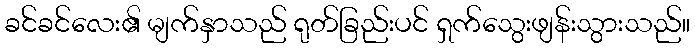
ခင်ခင်လေး၏ မျက်နှာသည် ရုတ်ခြည်းပင် ရှက်သွေးဖျန်းသွားသည်။